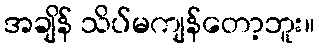
အချိန် သိပ်မကျန်တော့ဘူး။